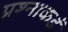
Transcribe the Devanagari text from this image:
प्रश्नाकडं